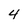
Character: 4